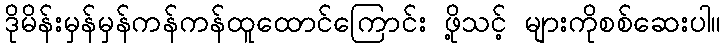
ဒိုမိန်းမှန်မှန်ကန်ကန်ထူထောင်ကြောင်း ဖို့သင့် များကိုစစ်ဆေးပါ။